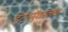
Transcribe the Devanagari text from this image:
इंटरनॅशनलचा